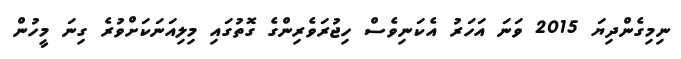
ނިމިގެންދިޔަ 2015 ވަނަ އަހަރު އެކަނިވެސް ހިޖުރަވެރިންގެ ގޮތުގައި މިލިއަނަކަށްވުރެ ގިނަ މީހުން